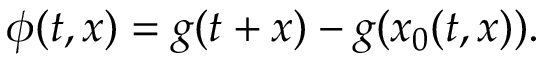
\phi ( t , x ) = g ( t + x ) - g ( x _ { 0 } ( t , x ) ) .